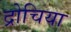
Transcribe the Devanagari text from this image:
द्रोचिया